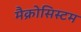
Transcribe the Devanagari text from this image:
मैक्रोसिस्टम